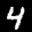
Label: 4